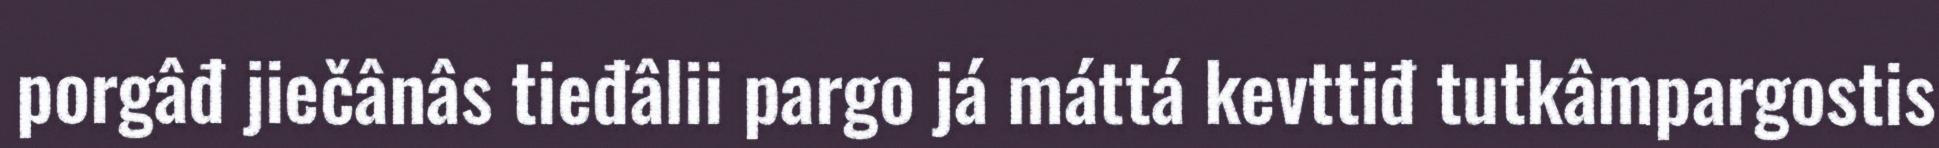
porgâđ jiečânâs tieđâlii pargo já máttá kevttiđ tutkâmpargostis